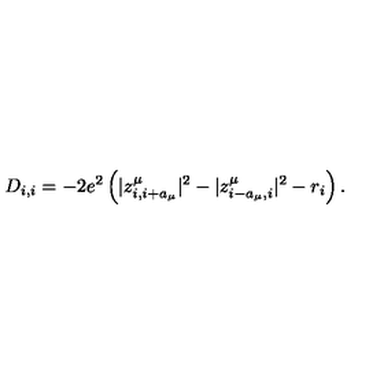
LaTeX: D _ { i , i } = - 2 e ^ { 2 } \left( | z _ { i , i + a _ { \mu } } ^ { \mu } | ^ { 2 } - | z _ { i - a _ { \mu } , i } ^ { \mu } | ^ { 2 } - r _ { i } \right) .